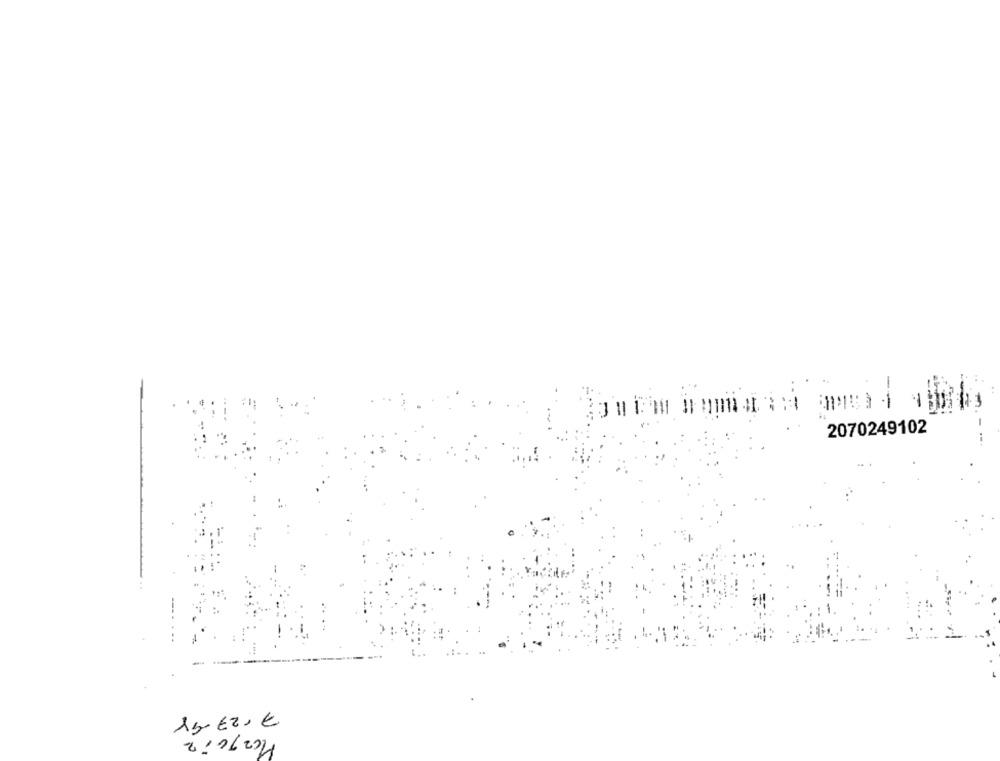
--
2070249102
150 €20 €
Marquiz